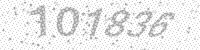
Solution: 101836